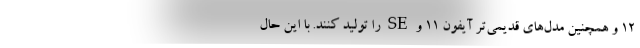
۱۲ و همچنین مدل‌های قدیمی‌تر آیفون ۱۱ و SE را تولید کنند. با این حال